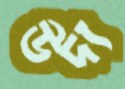
উদ্য